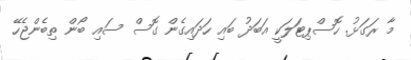
މާ ރަގަޅު. ހޮސްޕިޓަލަކީ އަބަދު ބައި ހަދައިގެން ގޮސް ސައި ބޯން ތިބެންޖެހޭ